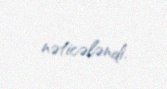
nəticələndi.